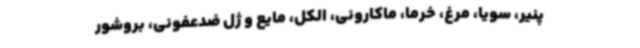
پنیر، سویا، مرغ، خرما، ماکارونی، الکل، مایع و ژل ضدعفونی، بروشور